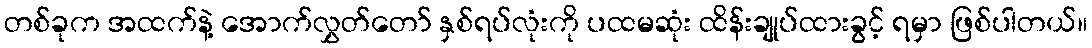
တစ်ခုက အထက်နဲ့ အောက်လွှတ်တော် နှစ်ရပ်လုံးကို ပထမဆုံး ထိန်းချုပ်ထားခွင့် ရမှာ ဖြစ်ပါတယ်။